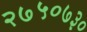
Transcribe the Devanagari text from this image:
२७५०७३०